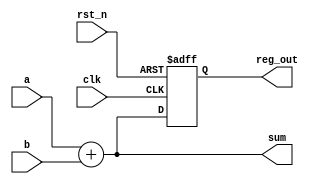
module combinational_sequential_example (
    input wire clk,           // Clock input
    input wire rst_n,        // Active-low reset
    input wire [3:0] a,      // 4-bit input
    input wire [3:0] b,      // 4-bit input
    output reg [3:0] sum,    // 4-bit output for sum
    output reg [3:0] reg_out  // 4-bit output for register
);

    // Combinational logic: Compute the sum of inputs a and b
    always @* begin
        sum = a + b; // Sum is always a combinational output
    end

    // Sequential logic: Update reg_out on the rising edge of the clock
    always @(posedge clk or negedge rst_n) begin
        if (!rst_n)
            reg_out <= 4'b0000; // Asynchronous reset
        else
            reg_out <= sum;      // Update reg_out with the sum
    end

endmodule